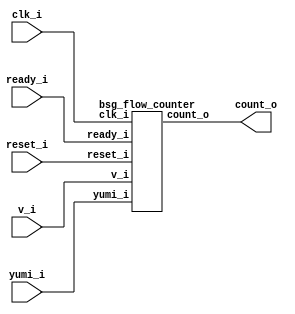


module top
(
  clk_i,
  reset_i,
  v_i,
  ready_i,
  yumi_i,
  count_o
);

  output [8:0] count_o;
  input clk_i;
  input reset_i;
  input v_i;
  input ready_i;
  input yumi_i;

  bsg_flow_counter
  wrapper
  (
    .count_o(count_o),
    .clk_i(clk_i),
    .reset_i(reset_i),
    .v_i(v_i),
    .ready_i(ready_i),
    .yumi_i(yumi_i)
  );


endmodule



module bsg_counter_up_down_max_val_p256_init_val_p256_max_step_p1
(
  clk_i,
  reset_i,
  up_i,
  down_i,
  count_o
);

  input [0:0] up_i;
  input [0:0] down_i;
  output [8:0] count_o;
  input clk_i;
  input reset_i;
  wire N0,N1,N2,N3,N4,N5,N6,N7,N8,N9,N10,N11,N12,N13,N14,N15,N16,N17,N18,N19,N20,N21,
  N22,N23,N24,N25,N26,N27,N28,N29;
  reg [8:0] count_o;
  assign { N11, N10, N9, N8, N7, N6, N5, N4, N3 } = count_o - down_i[0];
  assign { N20, N19, N18, N17, N16, N15, N14, N13, N12 } = { N11, N10, N9, N8, N7, N6, N5, N4, N3 } + up_i[0];
  assign { N29, N28, N27, N26, N25, N24, N23, N22, N21 } = (N0)? { 1'b1, 1'b0, 1'b0, 1'b0, 1'b0, 1'b0, 1'b0, 1'b0, 1'b0 } : 
                                                           (N1)? { N20, N19, N18, N17, N16, N15, N14, N13, N12 } : 1'b0;
  assign N0 = reset_i;
  assign N1 = N2;
  assign N2 = ~reset_i;

  always @(posedge clk_i) begin
    if(1'b1) begin
      { count_o[8:0] } <= { N29, N28, N27, N26, N25, N24, N23, N22, N21 };
    end 
  end


endmodule



module bsg_flow_counter
(
  clk_i,
  reset_i,
  v_i,
  ready_i,
  yumi_i,
  count_o
);

  output [8:0] count_o;
  input clk_i;
  input reset_i;
  input v_i;
  input ready_i;
  input yumi_i;
  wire [8:0] count_o;
  wire enque;

  bsg_counter_up_down_max_val_p256_init_val_p256_max_step_p1
  gen_blk_0_counter
  (
    .clk_i(clk_i),
    .reset_i(reset_i),
    .up_i(yumi_i),
    .down_i(enque),
    .count_o(count_o)
  );

  assign enque = v_i & ready_i;

endmodule